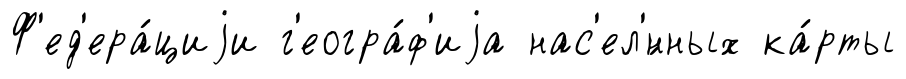
Ф'ед'ера́циjи г'еогра́ф'иjа нас'ел'́нных ка́рты